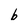
Character: b